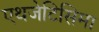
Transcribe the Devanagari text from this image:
एथजेटिसिमा